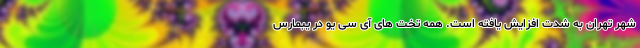
شهر تهران به شدت افزایش یافته است. همه تخت های آی سی یو در یبمارس